system: You are a helpful assistant.
user:
Analyze the provided spectrum to determine if it is a **S-type Star**.

- **Key Indicators for S-type Star:**

    - **(Overall Spectrum Shape):** The first and most obvious characteristic is the overall continuum (the "baseline" shape). It is **extremely "red-sloping,"** meaning the flux (light intensity) is very low on the left side (blue, ~4000-4500 Å) and rises steeply and continuously toward the right side (red, ~7000 Å+).

    - **(Primary):** The spectrum is defined by the presence of strong, broad molecular absorption "valleys" (bands) from **Zirconium Oxide (ZrO)**. The identification of these bands is the **primary requirement** for classifying a star as S-type.
        - **(Key Bandheads):** You must find distinct, deep "dips" where the light has been absorbed. The most critical band systems to locate are:
            - **~6474 Å** ($\gamma$-system): This is often the strongest and clearest ZrO feature, found in the red part of the spectrum.
            - **~5718 Å** & **~5551 Å** ($\beta$-system): A pair of prominent absorption features in the yellow-orange part of the spectrum.
            - **~4640 Å** ($\alpha$-system): A key absorption band system in the blue-green region of the spectrum.

    - **(Secondary Confirmation):** The classification is strengthened by finding additional absorption bands from other related heavy element oxides, which are expected to be present alongside ZrO.
        - **(Key Bandheads):**
            - **Yttrium Oxide (YO):** Look for absorption dips near **~4800 Å** and **~6100 Å**.
            - **Lanthanum Oxide (LaO):** Additional absorption features, particularly in the red-orange part of the spectrum, are also characteristic.

    - **(Line Profile):** The combination of the steep red continuum and these numerous, deep molecular bands (ZrO, YO, etc.) gives the entire spectrum a very **"chopped-up"** or **"bumpy"** appearance. Instead of a smooth curve, the spectrum looks as though large, wide chunks of light have been "carved out" of it at the specific wavelengths listed above.

Think first, call **spectral_visualization_tool** if needed to examine features in detail, then provide your final answer. Your response must adhere to the following strict rules:
1.  **Overall Structure:** Your response must follow the format `<think>...</think> <tool_call>...</tool_call> (if a tool is used) <answer>...</answer>`.
2.  **Tool Usage Constraint:** You may only make **one** tool call per turn.
3.  **Final Answer Format:** In the `<answer>` tag, your conclusion must be inside a `\boxed{}` command (e.g., `\boxed{YES}` or `\boxed{NO}`), followed by your justification.

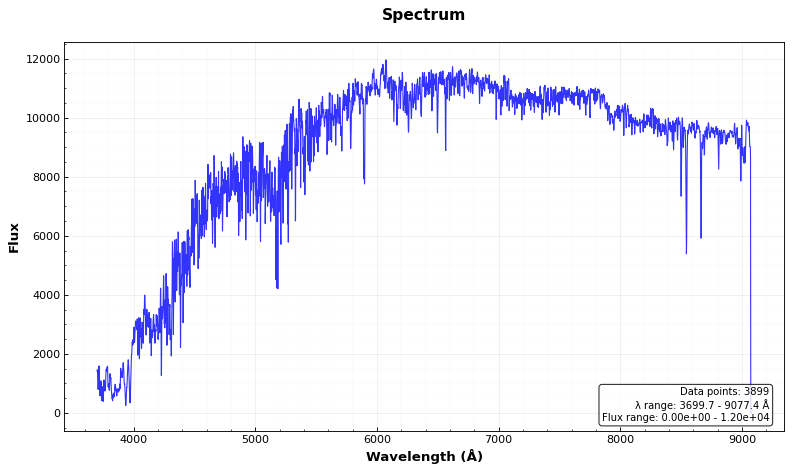
Answer: NO